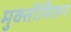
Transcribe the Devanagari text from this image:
मुक्तीमिशन